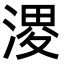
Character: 溭